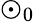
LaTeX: \odot_{0}